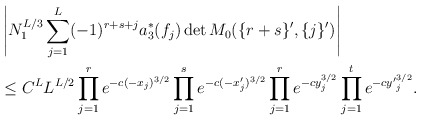
\begin{align*}&\left|N_1^{L/3}\sum\limits_{j=1}^L(-1)^{r+s+j}a_3^\ast(f_j)\det M_0(\{r+s\}',\{j\}')\right|\\&\le C^LL^{L/2}\prod\limits_{j=1}^re^{-c(-x_j)^{3/2}}\prod\limits_{j=1}^se^{-c(-x'_j)^{3/2}}\prod\limits_{j=1}^re^{-cy_j^{3/2}}\prod\limits_{j=1}^te^{-c{y'}_j^{3/2}}.\end{align*}